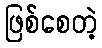
ဖြစ်စေတဲ့